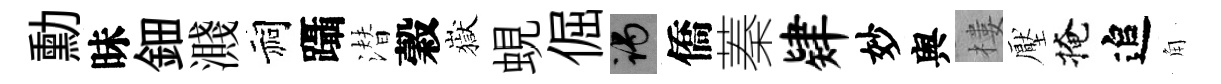
勳昧鈿濺祠躡潜穀嶽蜆倔谒僑蓁肄妙舆樓壓掩追角